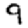
Digit: 9